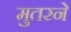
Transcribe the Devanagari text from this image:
मुतरने